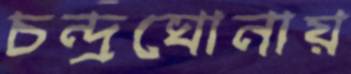
চন্দ্রঘোনায়